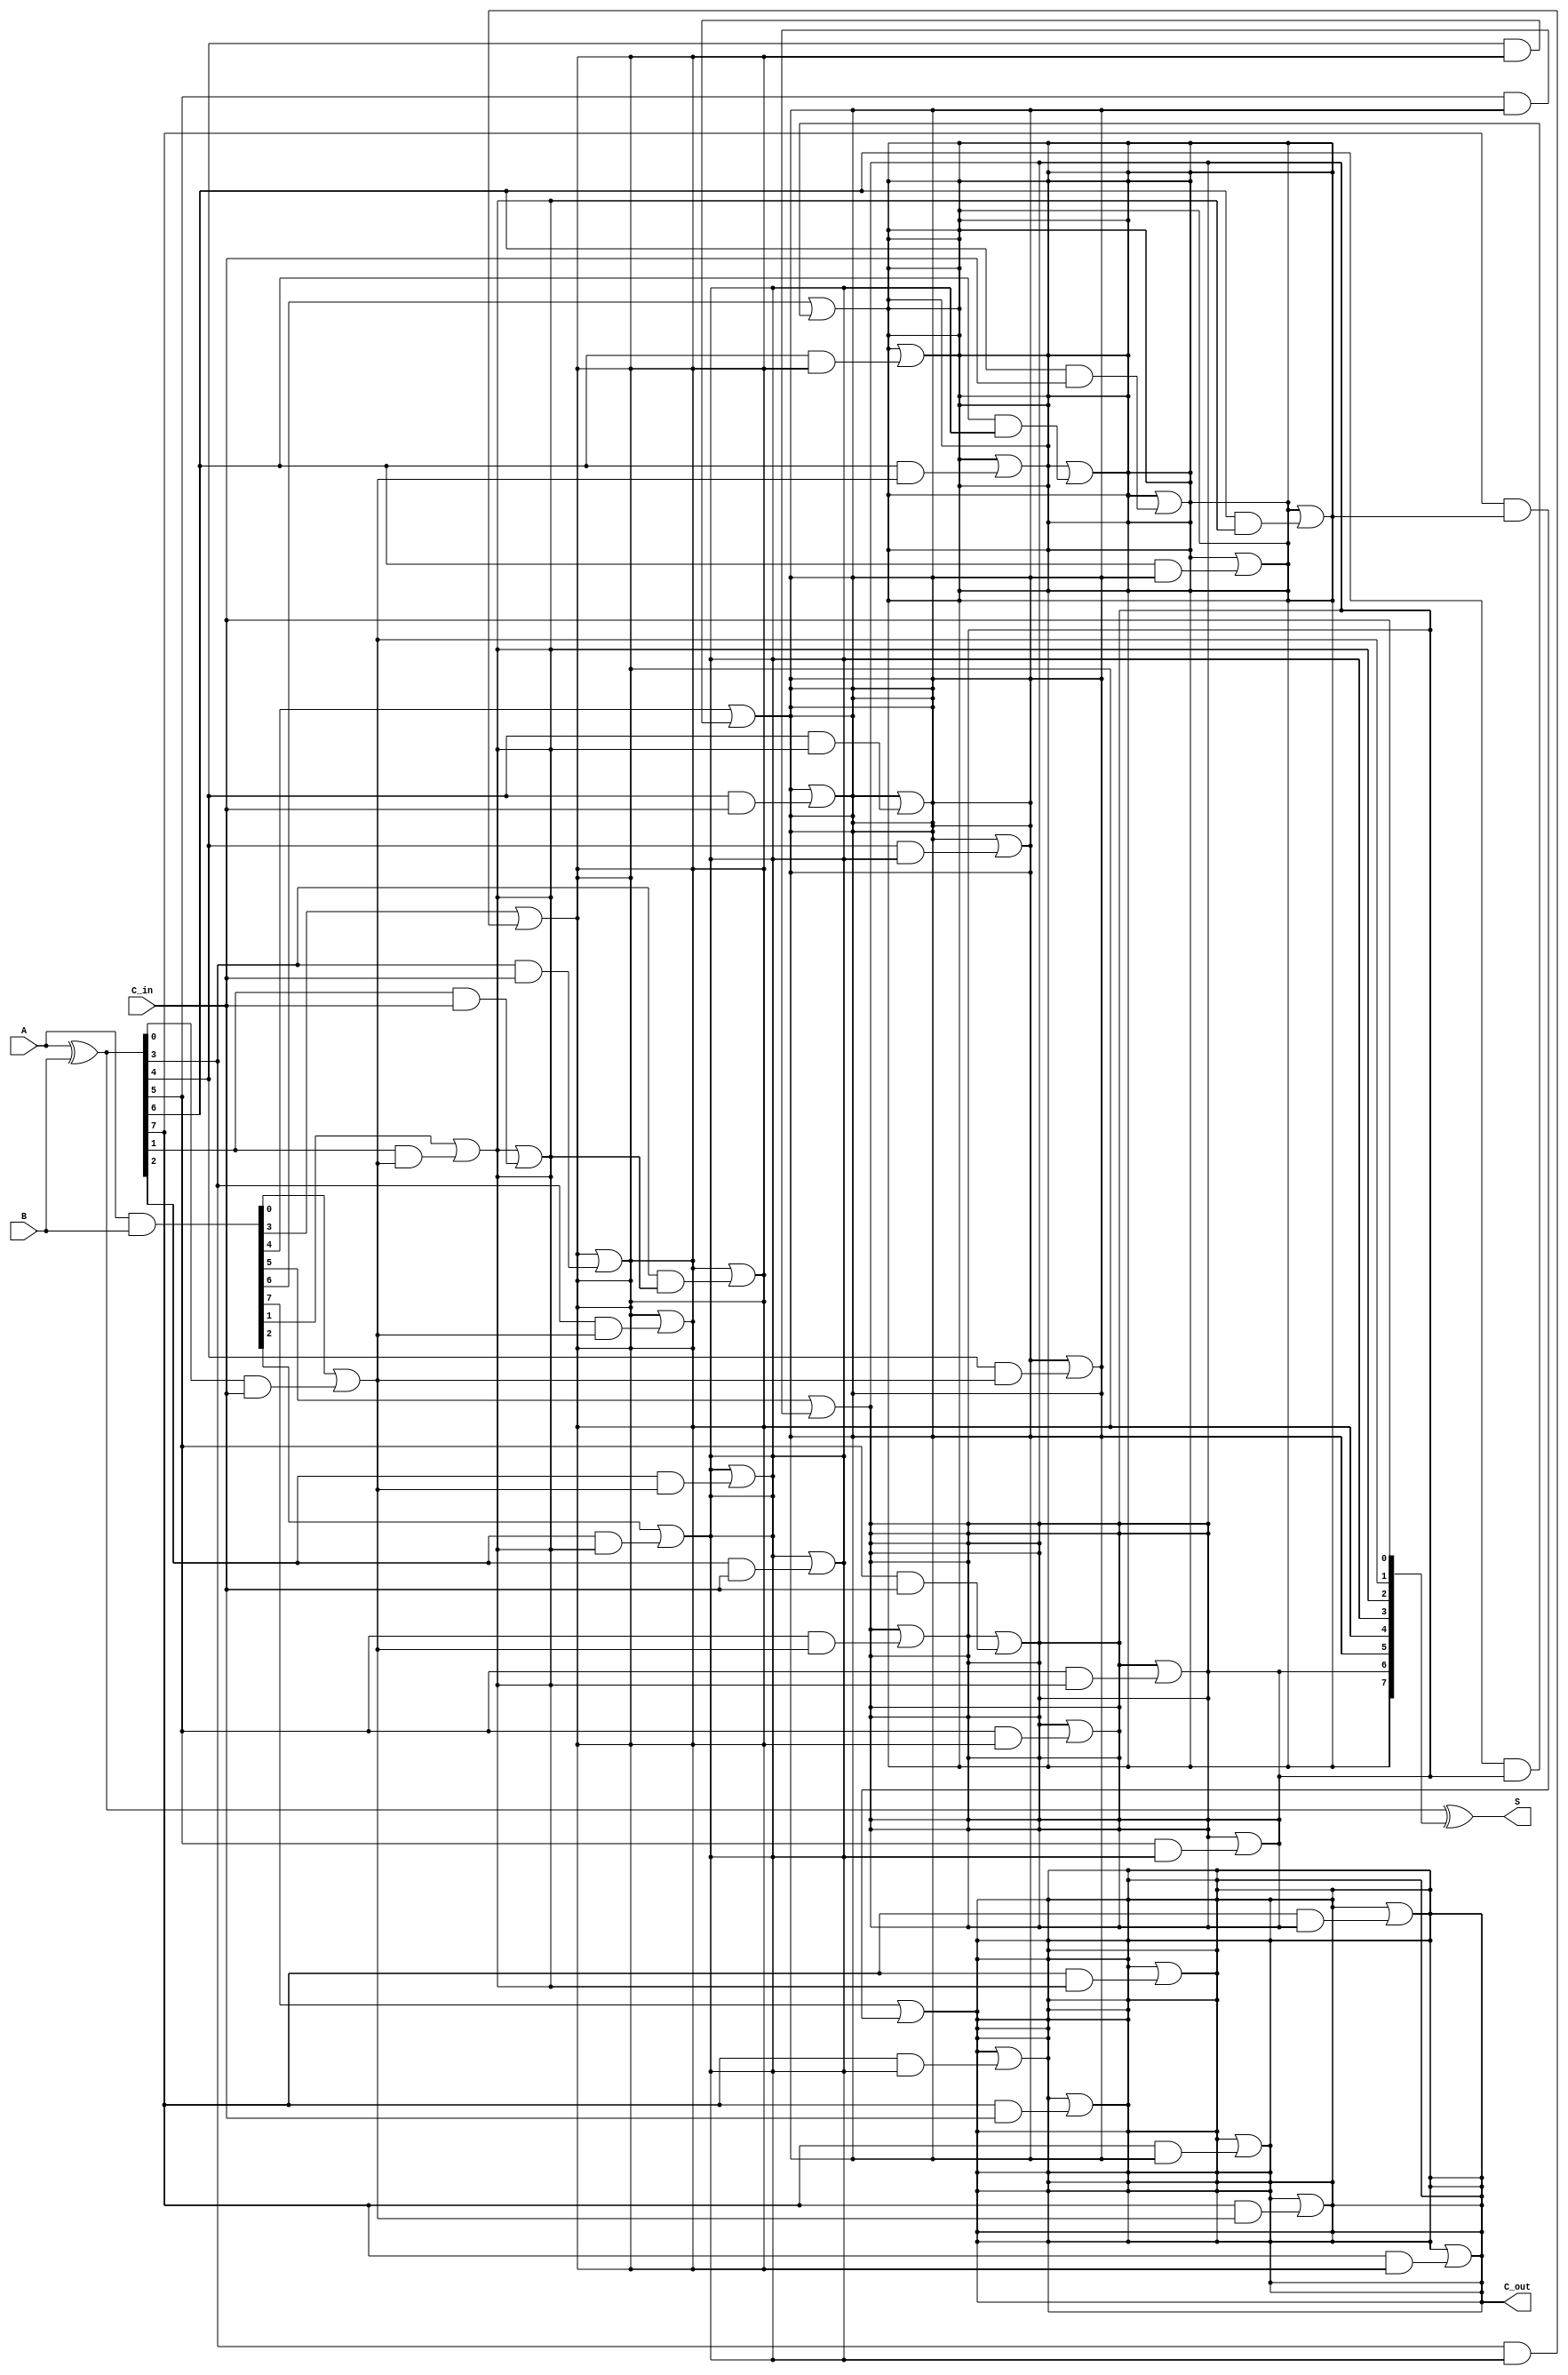
module ParallelPrefixAdder #(
    parameter N = 8  // Width of the input binary numbers
)(
    input  [N-1:0] A,      // First input
    input  [N-1:0] B,      // Second input
    input         C_in,     // Carry-in
    output [N-1:0] S,      // Sum output
    output        C_out     // Carry-out
);

    // Generate and Propagate signals
    wire [N-1:0] G; // Generate
    wire [N-1:0] P; // Propagate
    wire [N:0] C;    // Carry signals

    // Generate and Propagate calculations
    assign G = A & B;           // G[i] = A[i] & B[i]
    assign P = A ^ B;           // P[i] = A[i] ^ B[i]
    
    // Carry initialization
    assign C[0] = C_in;         // C[0] is the input carry

    // Kogge-Stone Carry Generation
    genvar i, j;
    generate
        // First level of carry generation
        for (i = 0; i < N; i = i + 1) begin
            if (i == 0) begin
                assign C[i + 1] = G[i] | (P[i] & C[i]); // C[1] = G[0] | (P[0] & C[0])
            end else begin
                assign C[i + 1] = G[i] | (P[i] & C[i]); // C[i + 1] = G[i] | (P[i] & C[i])
            end
        end
        
        // Higher levels of carry generation
        for (j = 1; j < N; j = j + 1) begin
            for (i = 0; i < N - j; i = i + 1) begin
                assign C[i + j + 1] = C[i + j + 1] | (P[i + j] & C[i]); // Carry propagation
            end
        end
    endgenerate

    // Sum calculation
    assign S = P ^ C[N-1:0];  // S[i] = P[i] ^ C[i]

    // Final carry-out
    assign C_out = C[N];      // C_out is the last carry

endmodule